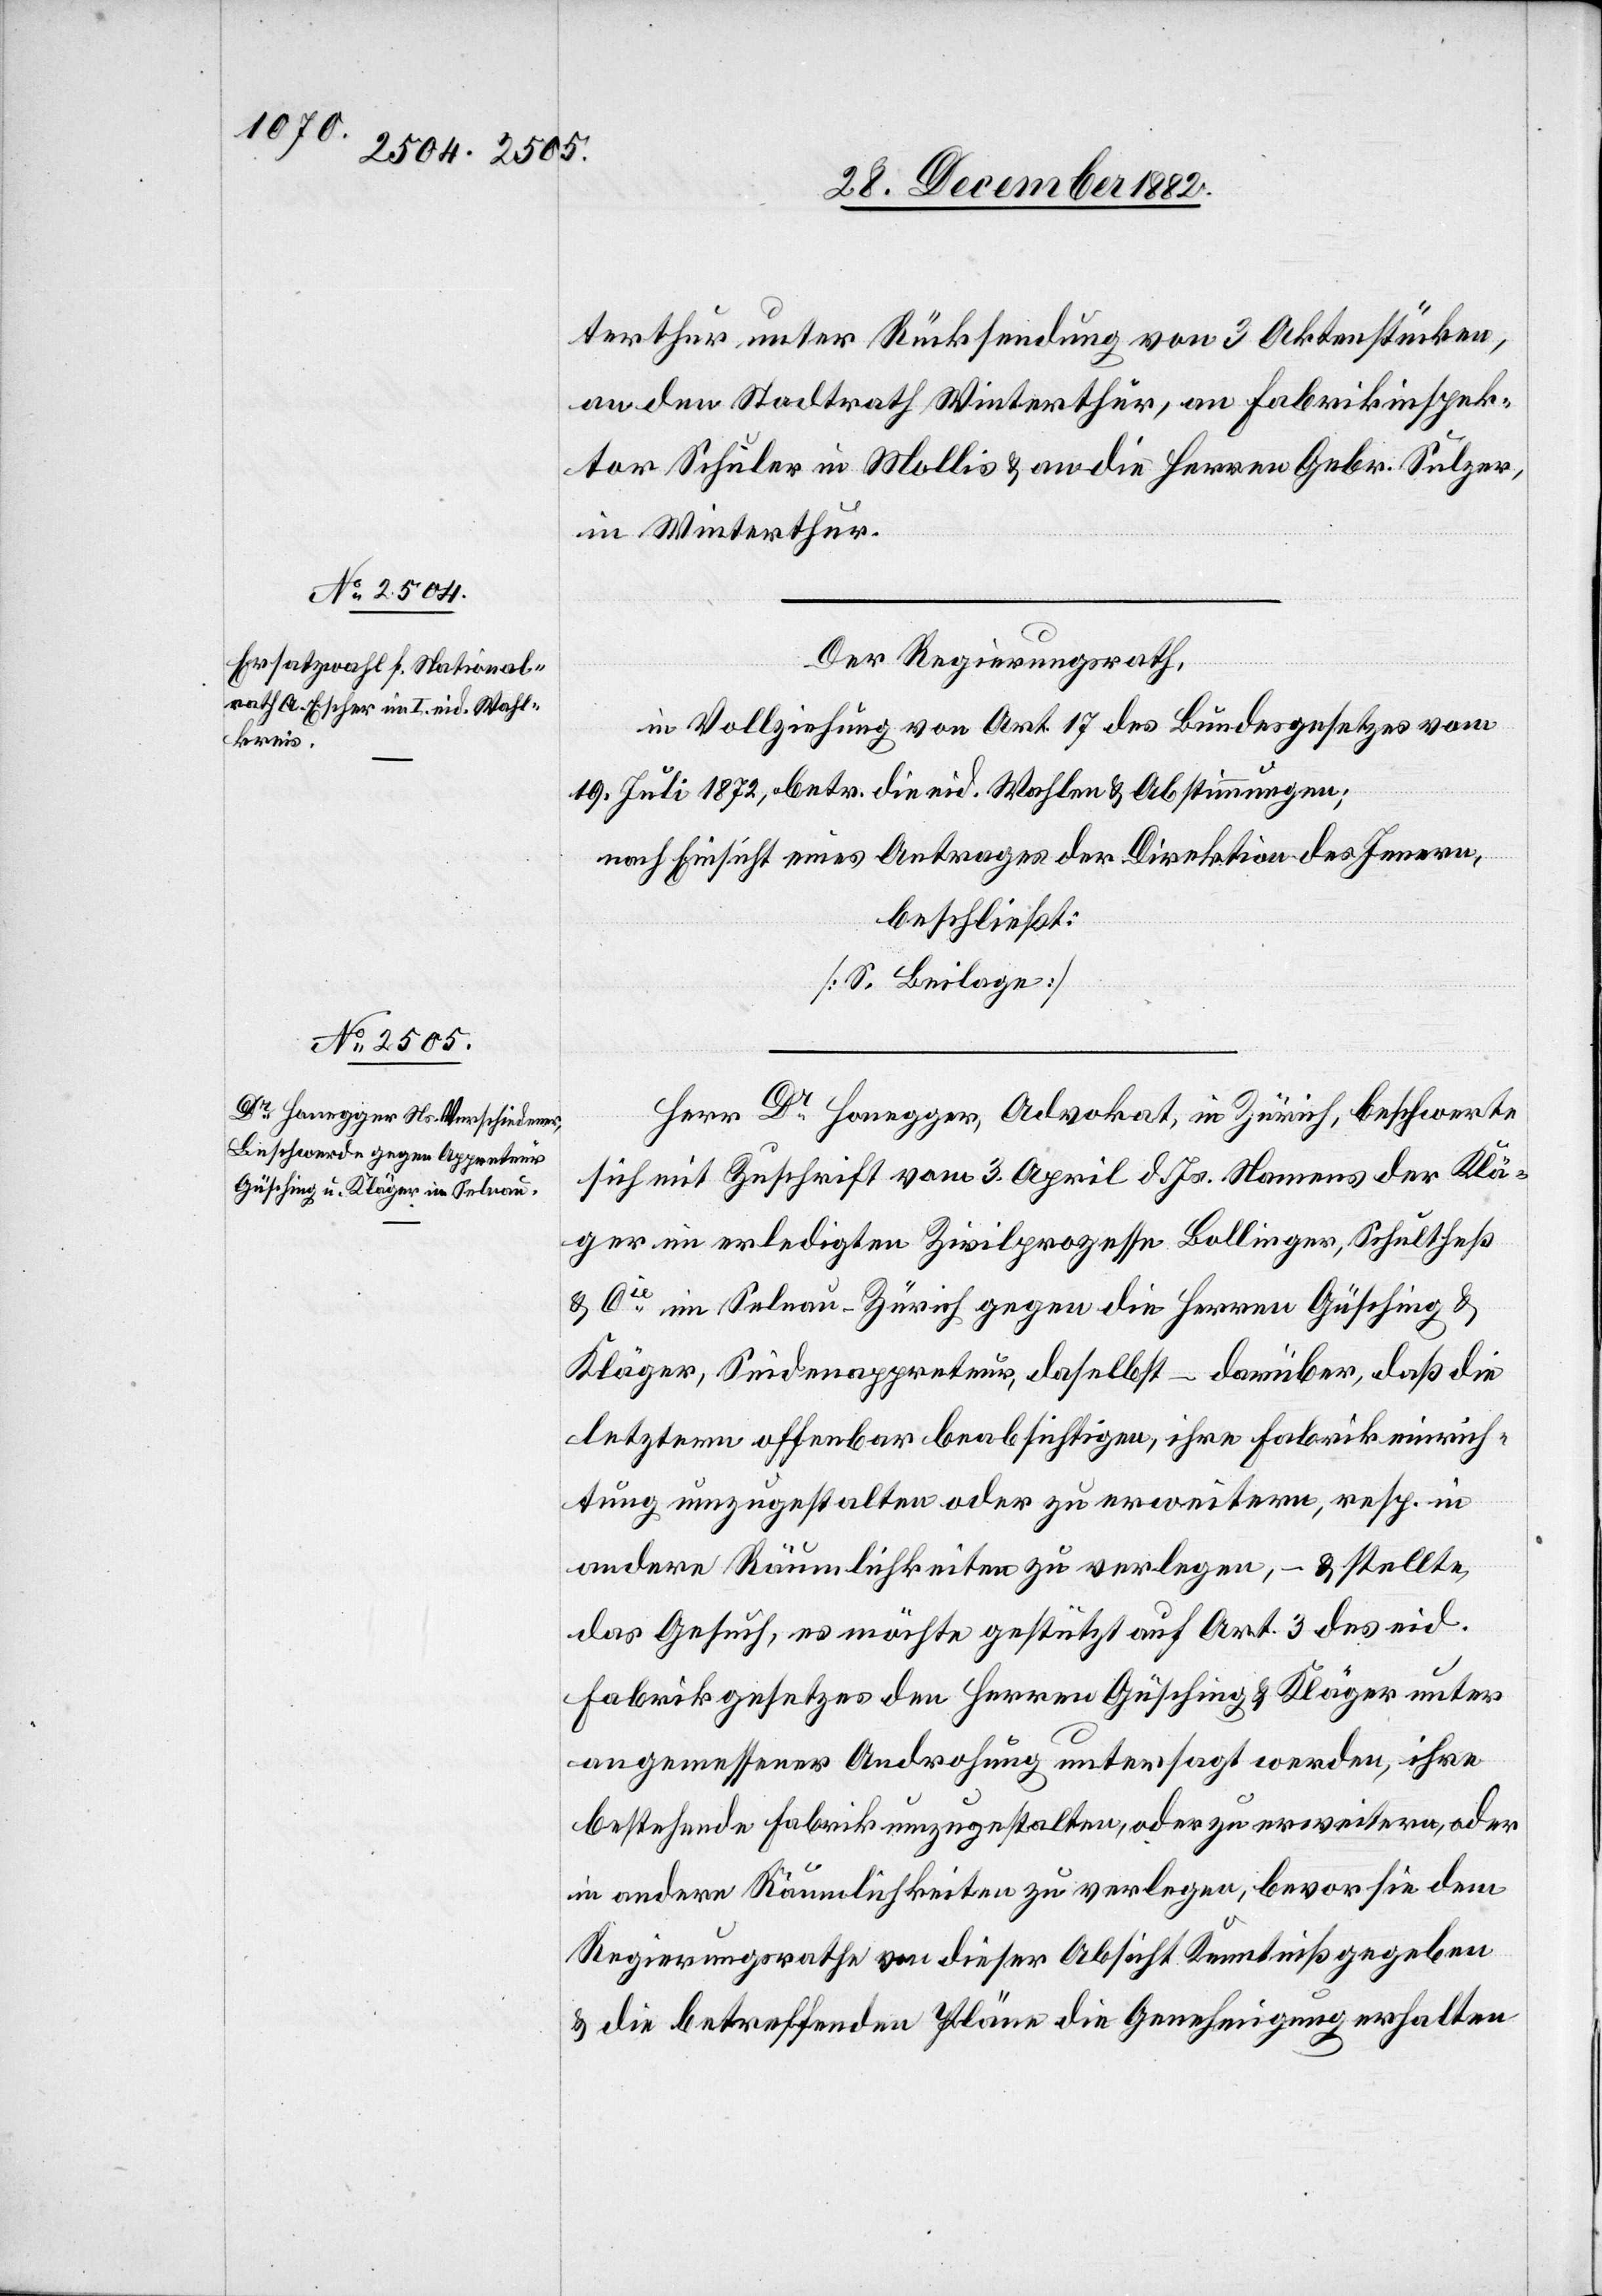
terthur, unter Rücksendung von 3 Aktenstücken,
an den Stadtrath Winterthur, an Fabrikinspek¬
tor Schuler in Mollis & an die Herren Gebr. Sulzer,
in Winterthur.
Der Regierungsrath,
in Vollziehung von Art. 17 des Bundesgesetzes vom
19. Juli 1872, betr. die eid. Wahlen & Abstimmungen;
nach Einsicht eines Antrages der Direktion des Innern,
beschließt:
[S. Beilage]
Herr Dr Honegger, Advokat, in Zürich, beschwerte
sich mit Zuschrift vom 3. April d. Js. Namens der Klä¬
ger im erledigten Zivilprozesse Bollinger, Schultheß
& Cie im Selnau - Zürich gegen die Herren Güsching &
Kläger, Seidenappreteur, daselbst – darüber, daß die
letztern offenbar beabsichtigen, ihre Fabrikeinrich¬
tung umzugestalten oder zu erweitern, resp. in
andere Räumlichkeiten zu verlegen, – & stellte
das Gesuch, es möchte gestützt auf Art. 3 des eid.
Fabrikgesetzes den Herren Güsching & Kläger unter
angemessener Androhung untersagt werden, ihre
bestehende Fabrik umzugestalten, oder zu erweitern, oder
in andere Räumlichkeiten zu verlegen, bevor sie dem
Regierungsrathe von dieser Absicht Kenntniß gegeben
& die betreffenden Pläne die Genehmigung erhalten